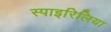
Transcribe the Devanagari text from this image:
स्पाइरिलिया